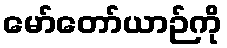
မော်တော်ယာဉ်ကို